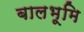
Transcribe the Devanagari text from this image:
बालभूमि